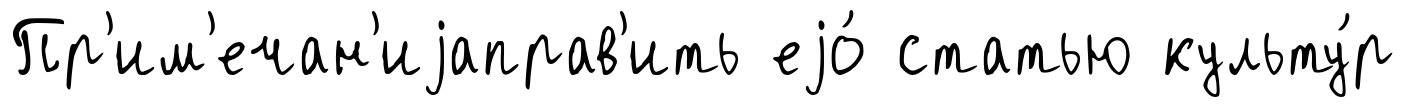
Пр'им'ечан'иjаправ'ить еjо́ статью культу́р